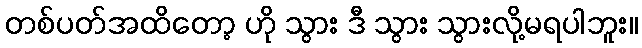
တစ်ပတ်အထိတော့ ဟို သွား ဒီ သွား သွားလို့မရပါဘူး။